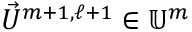
\vec { U } ^ { m + 1 , \ell + 1 } \in \mathbb { U } ^ { m }